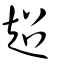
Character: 超